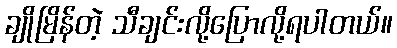
ချိုမြိန်တဲ့ သီချင်းလို့ပြောလို့ရပါတယ်။